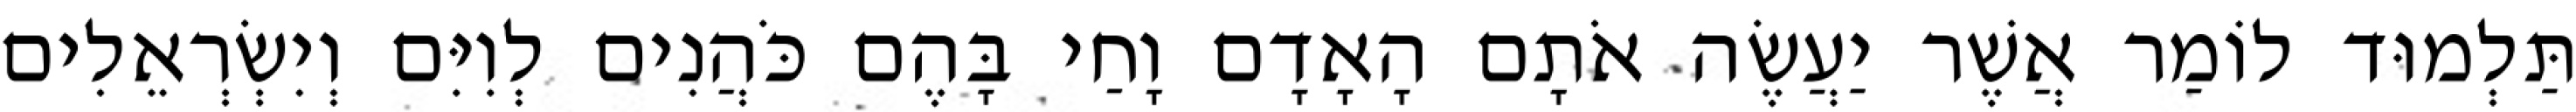
תַּלְמוּד לוֹמַר אֲשֶׁר יַעֲשֶׂה אֹתָם הָאָדָם וָחַי בָּהֶם כֹּהֲנִים לְוִיִּם וְיִשְׂרְאֵלִים